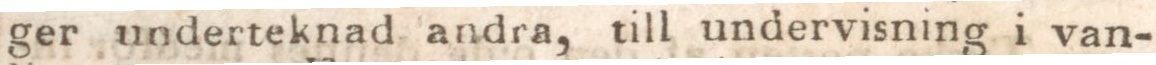
ger underteknad andra, till undervisning i van-